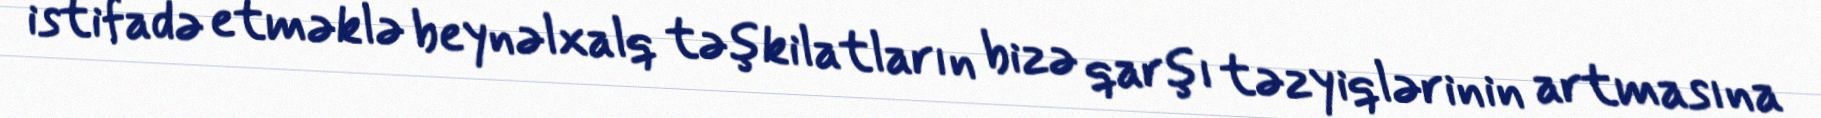
istifadə etməklə beynəlxalq təşkilatların bizə qarşı təzyiqlərinin artmasına